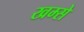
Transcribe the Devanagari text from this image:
खम्से